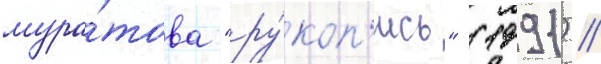
мура́това "ру́коп'ись" (1991) //